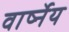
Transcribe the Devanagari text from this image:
वार्ष्नेय